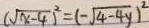
( \sqrt { x - 4 } ) ^ { 2 } = ( - \sqrt { 4 - 4 y } ) ^ { 2 }